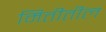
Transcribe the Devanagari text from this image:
मितीतील